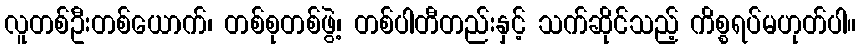
လူတစ်ဦးတစ်ယောက်၊ တစ်စုတစ်ဖွဲ့၊ တစ်ပါတီတည်းနှင့် သက်ဆိုင်သည့် ကိစ္စရပ်မဟုတ်ပါ။